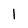
Character: 1